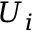
U _ { i }